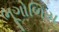
ભૂગોળિય